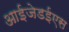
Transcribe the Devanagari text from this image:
आईजेडईएस